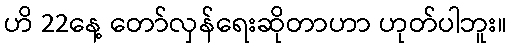
ဟိ 22နေ့ တော်လှန်ရေးဆိုတာဟာ ဟုတ်ပါဘူး။